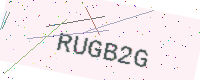
Text: RUGB2G